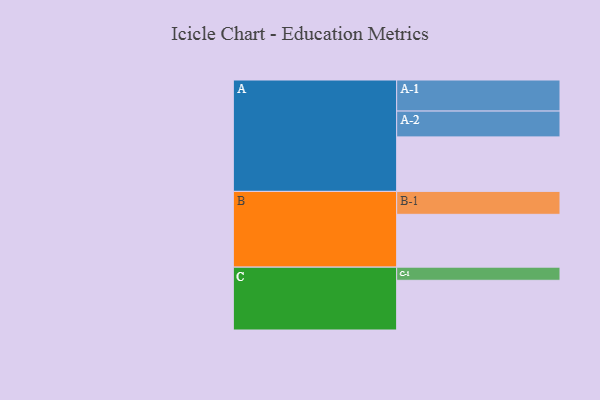
{"axis": {"x": "Segment", "y": "Value"}, "legend": ["", "A", "B", "C"], "data": [{"x": "A", "y": 456, "type": ""}, {"x": "B", "y": 442, "type": ""}, {"x": "C", "y": 416, "type": ""}, {"x": "A-1", "y": 260, "type": "A"}, {"x": "A-2", "y": 216, "type": "A"}, {"x": "B-1", "y": 192, "type": "B"}, {"x": "C-1", "y": 110, "type": "C"}]}